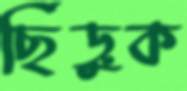
ছিঁড়ুক